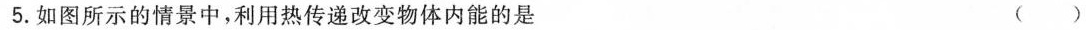
5.如图所示的情景中，利用热传递改变物体内能的是 （ ）